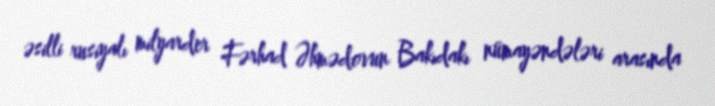
əsilli rusiyalı milyarder Fərhad Əhmədovun Bakıdakı nümayəndələri arasında